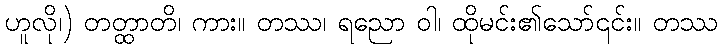
ဟူလို၊) တတ္ထာတိ၊ ကား။ တဿ၊ ရညော ဝါ၊ ထိုမင်း၏သော်၎င်း။ တဿ